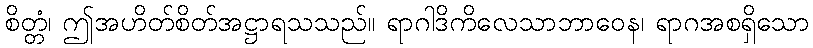
စိတ္တံ၊ ဤအဟိတ်စိတ်အဋ္ဌာရသသည်။ ရာဂါဒိကိလေသာဘာဝေန၊ ရာဂအစရှိသော